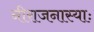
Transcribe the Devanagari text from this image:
नीराजनास्याः